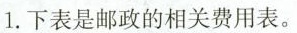
1.下表是邮政的相关费用表。